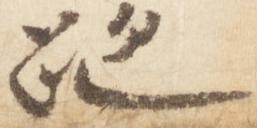
跡